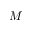
M